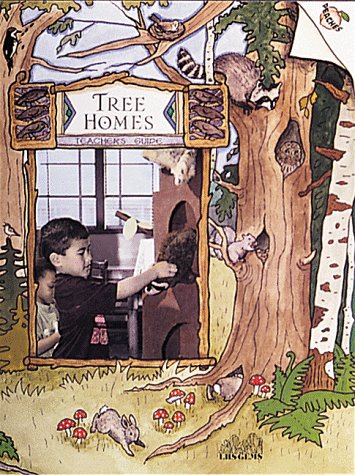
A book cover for Tree Homes: Preschool-1 (Great Explorations in Math & Science); Jean C. Echols; Crafts, Hobbies & Home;